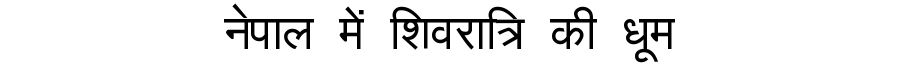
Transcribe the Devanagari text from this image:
नेपाल में शिवरात्रि की धूम